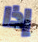
إذا